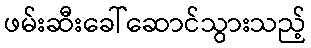
ဖမ်းဆီးခေါ်ဆောင်သွားသည့်